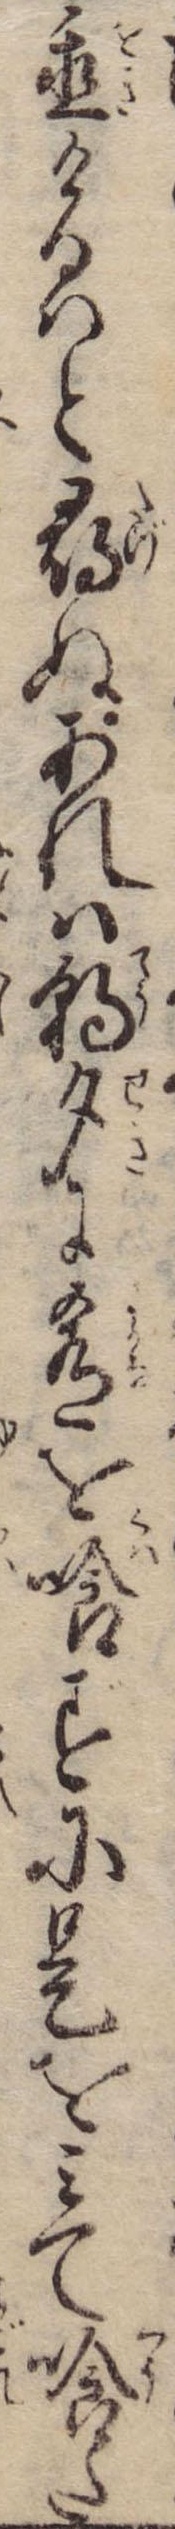
置けるはと尋ぬあれは朝夕に肴を喰ずに是をみて喰た